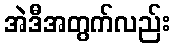
အဲဒီအတွက်လည်း